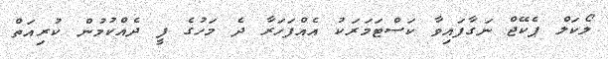
ލޯކަލް ޕެކޭޖް ނަގާފައިވާ ކަސްޓަމަރަކު އެއްފަހަރާ ދެ މަހުގެ ފީ ދެއްކުމުން ކުރިއަތް